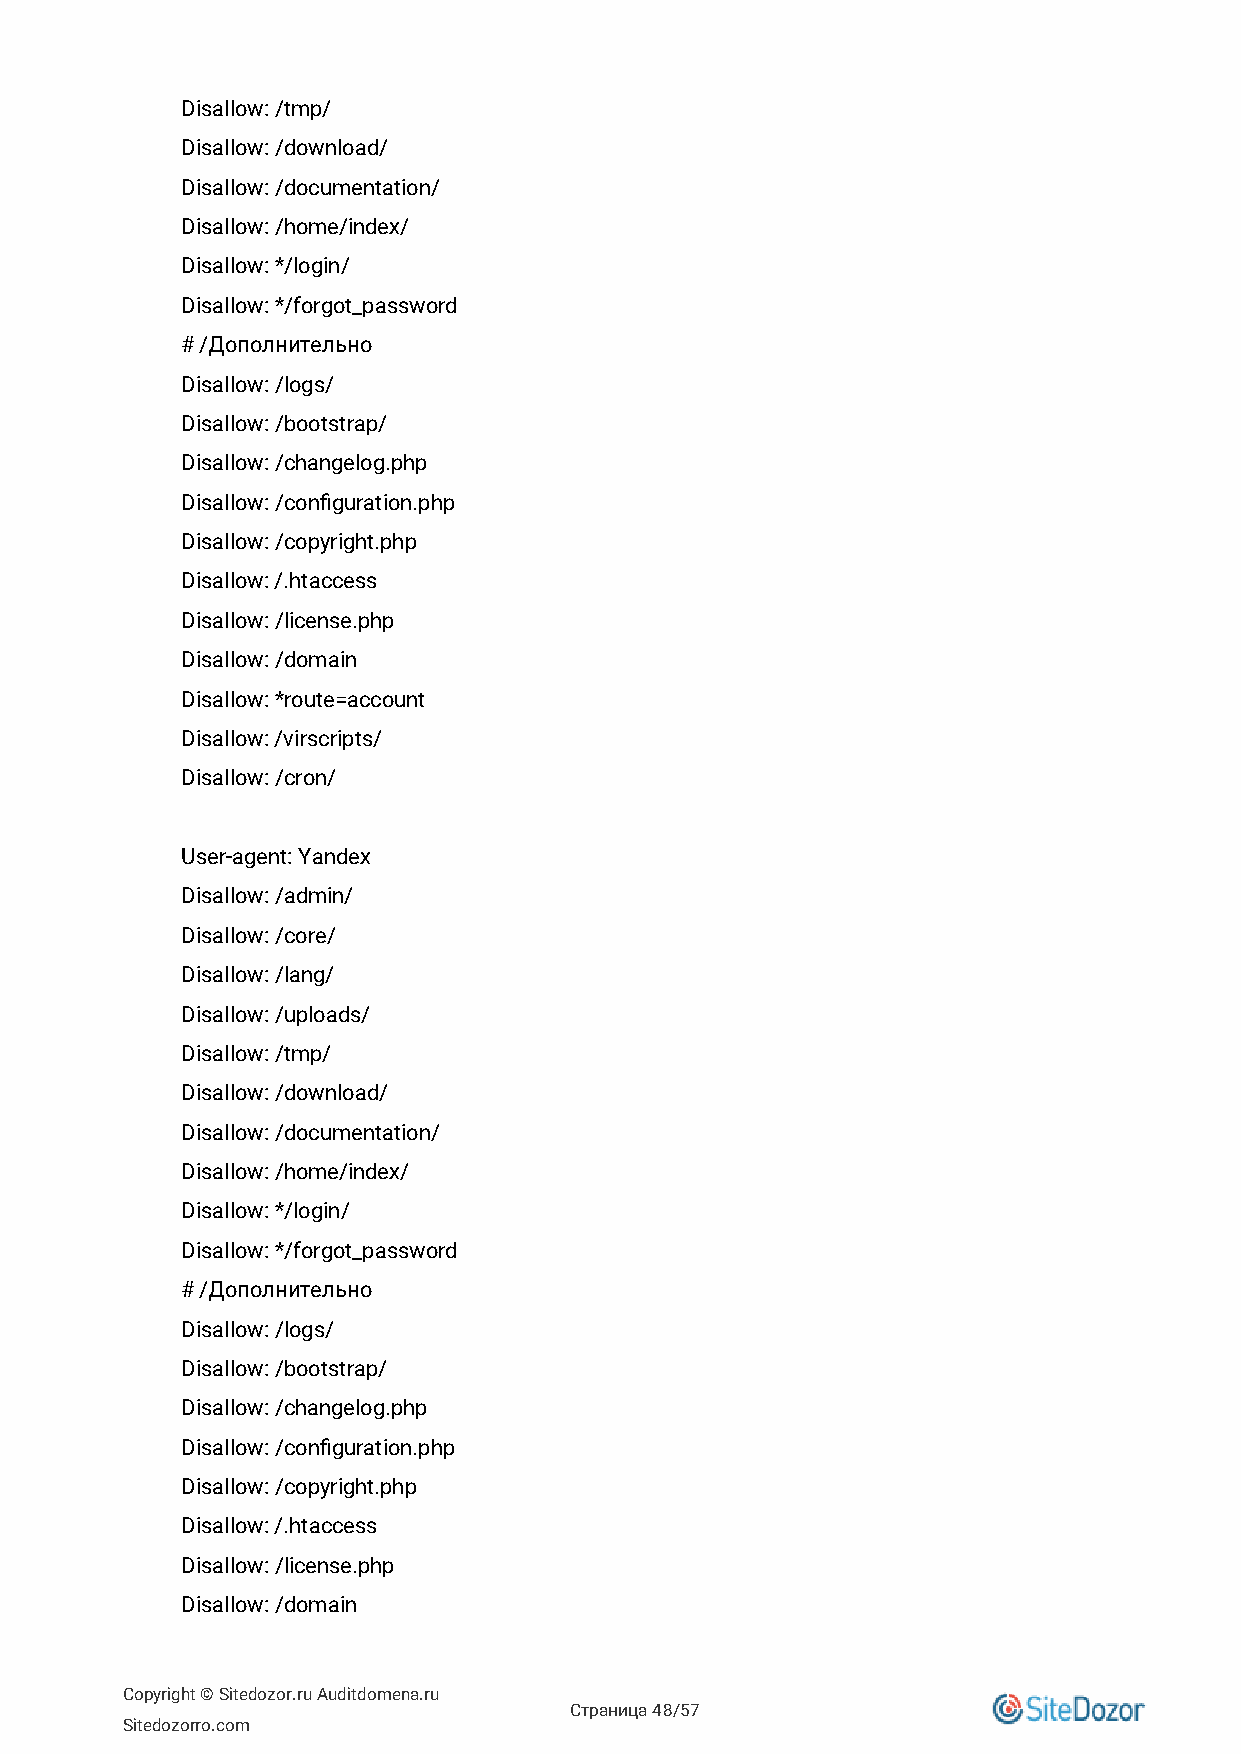
Disallow: /tmp/
 Disallow: /download/
 Disallow: /documentation/
 Disallow: /home/index/
 Disallow: */login/
 Disallow: */forgot_password
 # /Дополнительно
 Disallow: /logs/
 Disallow: /bootstrap/
 Disallow: /changelog.php
 Disallow: /configuration.php
 Disallow: /copyright.php
 Disallow: /.htaccess
 Disallow: /license.php
 Disallow: /domain
 Disallow: *route=account
 Disallow: /virscripts/
 Disallow: /cron/
 User-agent: Yandex
 Disallow: /admin/
 Disallow: /core/
 Disallow: /lang/
 Disallow: /uploads/
 Disallow: /tmp/
 Disallow: /download/
 Disallow: /documentation/
 Disallow: /home/index/
 Disallow: */login/
 Disallow: */forgot_password
 # /Дополнительно
 Disallow: /logs/
 Disallow: /bootstrap/
 Disallow: /changelog.php
 Disallow: /configuration.php
 Disallow: /copyright.php
 Disallow: /.htaccess
 Disallow: /license.php
 Disallow: /domain
 Copyright © Sitedozor.ru Auditdomena.ru
 Страница 48/57
 Sitedozorro.com